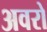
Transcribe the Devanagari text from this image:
अवरो